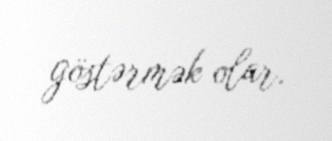
göstərmək olar.